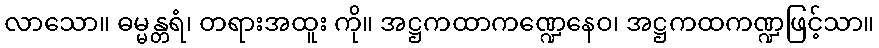
လာသော။ ဓမ္မန္တရံ၊ တရားအထူး ကို။ အဋ္ဌကထာကဏ္ဍေနေဝ၊ အဋ္ဌကထကဏ္ဍဖြင့်သာ။